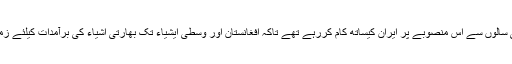
نئی دہلی اور کابل کئی سالوں سے اس منصوبے پر ایران کیساتھ کام کررہے تھے تاکہ افغانستان اور وسطی ایشیاء تک بھارتی اشیاء کی برآمدات کیلئے زمینی راستہ بنایا جائے۔